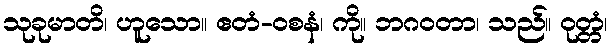
သုခုမာတိ၊ ဟူသော။ ဧတံ-ဝစနံ၊ ကို။ ဘဂဝတာ၊ သည်။ ဝုတ္တံ၊